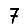
Digit: 7